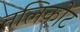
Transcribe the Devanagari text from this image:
तलिकोट